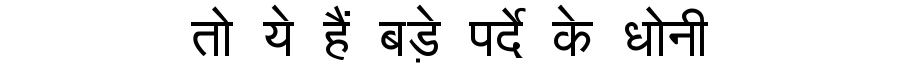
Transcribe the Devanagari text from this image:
तो ये हैं बड़े पर्दे के धोनी